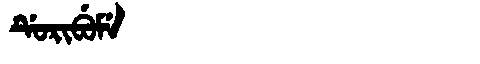
Manchu: ᡩᡠᡵᡳᠪᡠᠮᡝ
Romanization: DURIBUME